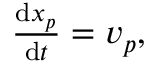
\begin{array} { r } { \frac { \mathrm { d } \boldsymbol { x } _ { p } } { \mathrm { d } t } = \boldsymbol { v } _ { p } , } \end{array}